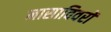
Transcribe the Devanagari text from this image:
नासाविवरों